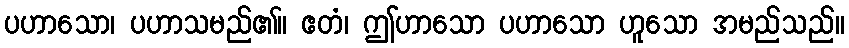
ပဟာသော၊ ပဟာသမည်၏။ ဧတံ၊ ဤဟာသော ပဟာသော ဟူသော အမည်သည်။